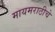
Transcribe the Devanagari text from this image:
मायमराठीचे